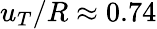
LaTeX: u_{T}/R\approx 0.74